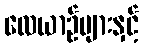
လေယာဉ်များနှင့်